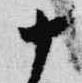
十